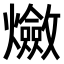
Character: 𤒦